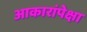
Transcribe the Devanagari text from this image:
आकारांपेक्षा